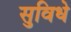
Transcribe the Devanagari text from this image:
सुविधे